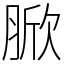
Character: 𦜓